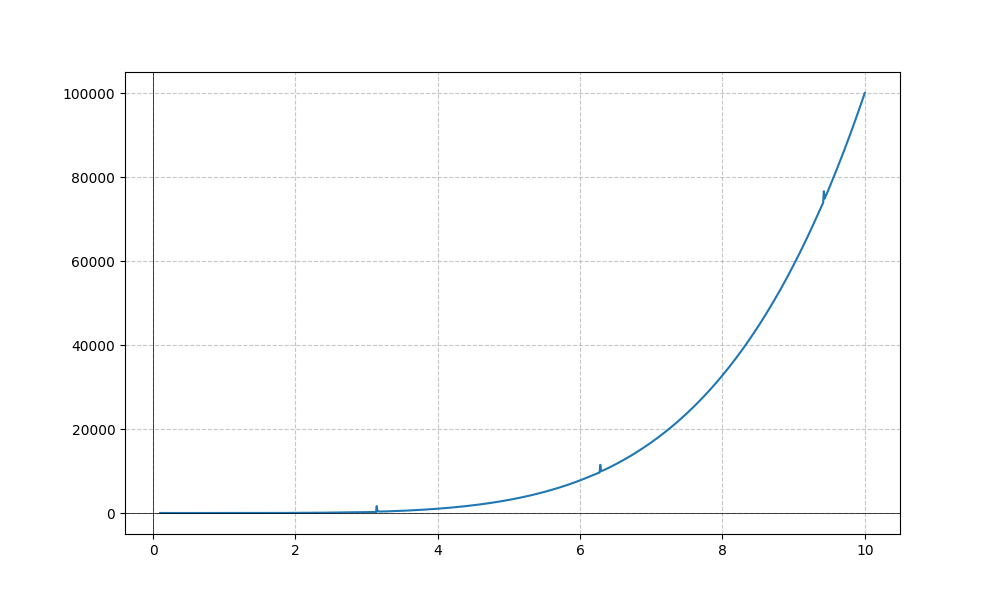
LaTeX formula: x^{5} + \cot{\left(x \right)}